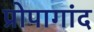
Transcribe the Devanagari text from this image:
प्रोपागांद